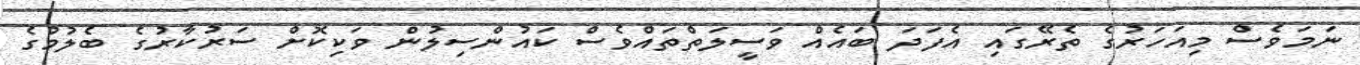
ނަމަވެސް މިއަހަރުގެ ތެރޭގައި އެފަދަ ބައެއް ވަސީލަތްތައްވެސް ކައުންސިލުން ވަކިކޮށް ސަރުކާރުގެ ބެލުމުގެ